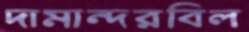
দামান্দরবিল